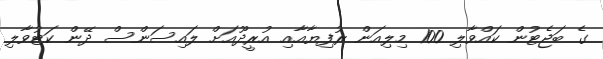
ގެ ބަޖެޓުން ކައްވާލި 100 މިލިއަން ރުފިޔާއާއި އުރީދޫއަށް ލައިސަންސް ދޭން ކަޓުވާލި